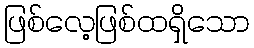
ဖြစ်လေ့ဖြစ်ထရှိသော